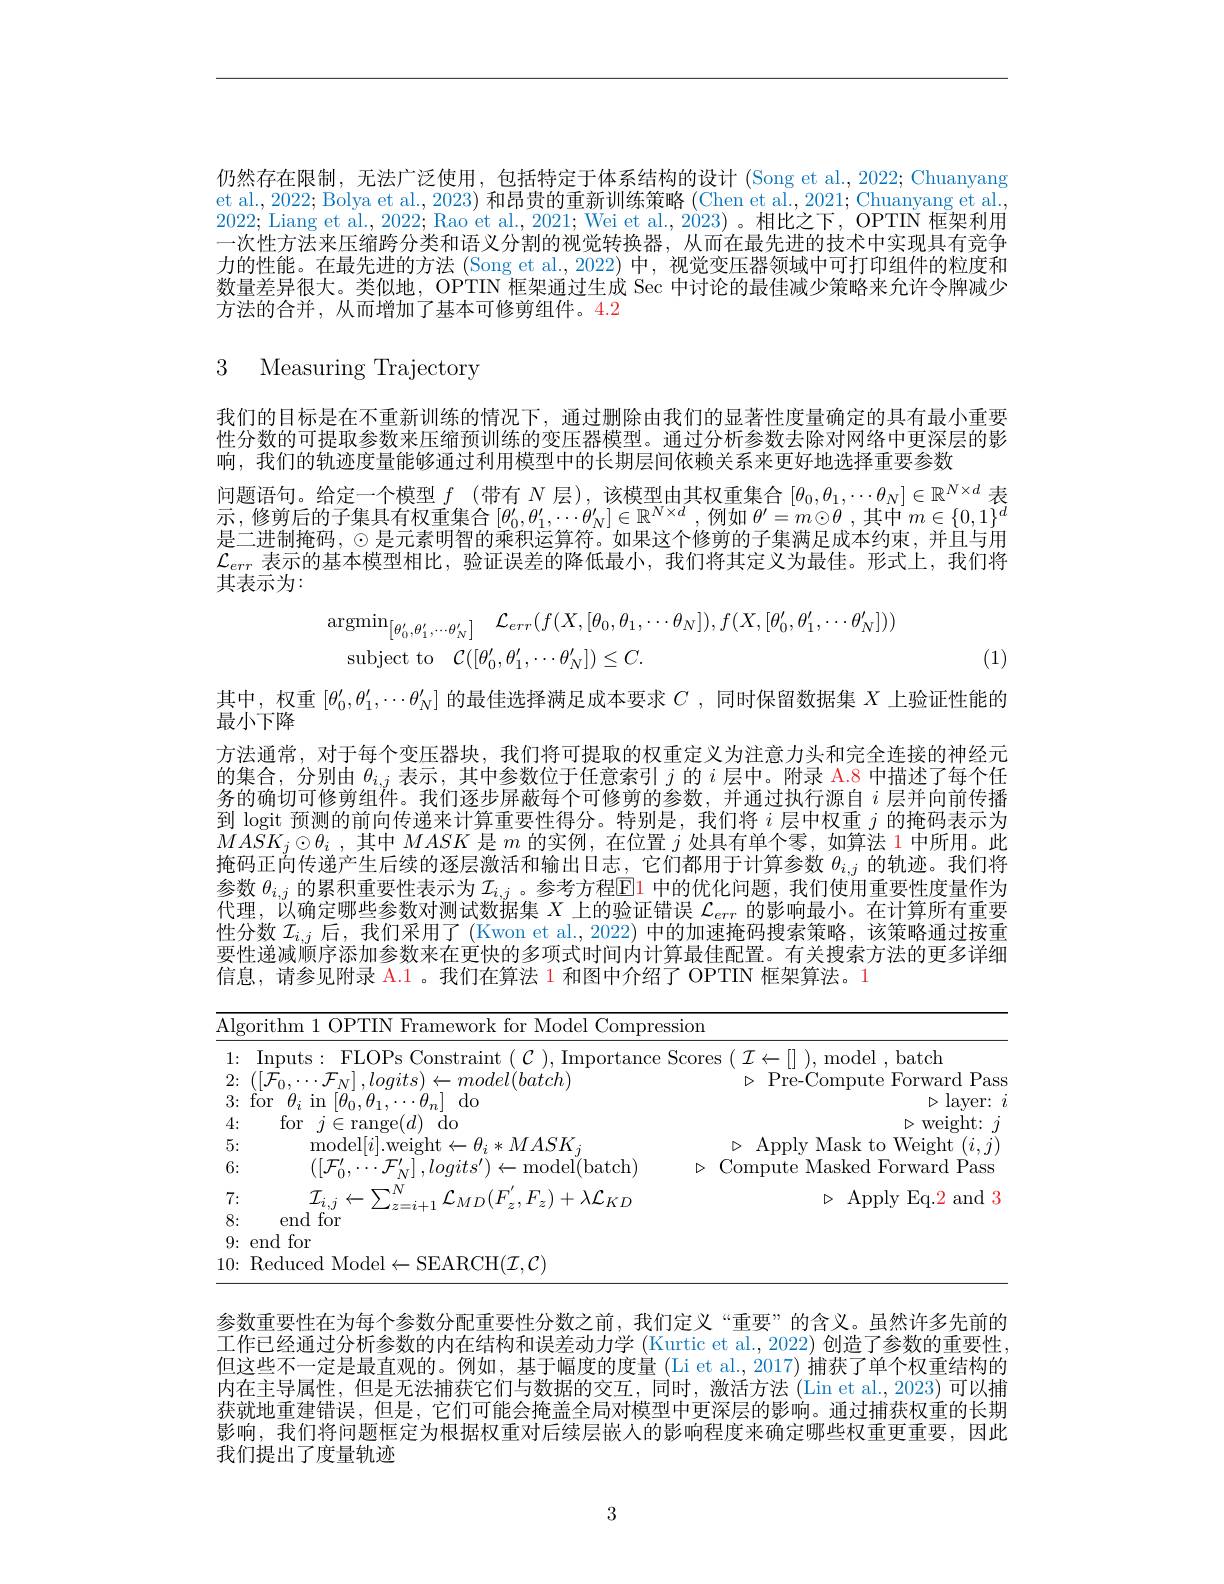
仍然存在限制，无法广泛使用，包括特定于体系结构的设计 (Song et al., 2022; Chuanyang et al., 2022; Bolya et al., 2023) 和昂贵的重新训练策略 (Chen et al., 2021; Chuanyang et al. 2022; Liang et al., 2022; Rao et al., 2021; Wei et al., 2023)。相比之下，OPTIN 框架利用一次性方法来压缩跨分类和语义分割的视觉转换器，从而在最先进的技术中实现具有竞争力的性能。在最先进的方法 (Song et al.,2022) 中，视觉变压器领域中可打印组件的粒度和数量差异很大。类似地，OPTIN 框架通过生成 Sec 中讨论的最佳减少策略来允许令牌减少方法的合并，从而增加了基本可修剪组件。4.2

3 Measuring Trajectory

我们的目标是在不重新训练的情况下，通过删除由我们的显著性度量确定的具有最小重要性分数的可提取参数来压缩预训练的变压器模型。通过分析参数去除对网络中更深层的影响，我们的轨迹度量能够通过利用模型中的长期层间依赖关系来更好地选择重要参数
问题语句。给定一个模型$f$ (带有$N$层),该模型由其权重集合$[\theta_0,\theta_1,\cdots\theta_N]\in\mathbb{R}^{N\times d}$表示，修剪后的子集具有权重集合$[\theta_0^{\prime},\theta_1^{\prime},\cdots\theta_N^{\prime}]\in\mathbb{R}^{N\times d}$,例如 $\theta^\prime=m\odot\theta$ ,其中 $m\in\{0,1\}$ 是二进制掩码，$\odot$是元素明智的乘积运算符。如果这个修剪的子集满足成本约束，并且与用$\mathcal{L}_{err}$表示的基本模型相比，验证误差的降低最小，我们将其定义为最佳。形式上，我们将其表示为：
$$\begin{aligned}&\mathrm{argmin}_{\left[\theta_{0}^{\prime},\theta_{1}^{\prime},\cdots\theta_{N}^{\prime}\right]}\quad\mathcal{L}_{err}(f(X,[\theta_{0},\theta_{1},\cdots\theta_{N}]),f(X,[\theta_{0}^{\prime},\theta_{1}^{\prime},\cdots\theta_{N}^{\prime}]))\\&\mathrm{subject~to}\quad\mathcal{C}([\theta_{0}^{\prime},\theta_{1}^{\prime},\cdots\theta_{N}^{\prime}])\leq C.\end{aligned}$$
(1)

其中，权重$[\theta_0^{\prime},\theta_1^{\prime},\cdots\theta_N^{\prime}]$的最佳选择满足成本要求$C$ ,同时保留数据集$X$上验证性能的
最小下降
方法通常，对于每个变压器块，我们将可提取的权重定义为注意力头和完全连接的神经元的集合，分别由$\theta_i,j$表示，其中参数位于任意索引$j$的$i$层中。附录 A.8 中描述了每个任务的确切可修剪组件。我们逐步屏蔽每个可修剪的参数，并通过执行源自$i$层并向前传播到 logit 预测的前向传递来计算重要性得分。特别是，我们将$i$层中权重$j$的掩码表示为$MASK_j\odot \theta _i$ ,其中$MASK$是$m$的实例，在位置$j$处具有单个零，如算法 1 中所用。此掩码正向传递产生后续的逐层激活和输出日志，它们都用于计算参数$\theta_{i,j}$的轨迹。我们将参数$\theta_i,j$的累积重要性表示为$\mathcal{I}_i,j$ 。参考方程$\mathbb{E}$1 中的优化问题，我们使用重要性度量作为代理，以确定哪些参数对测试数据集$X$上的验证错误$\mathcal{L}_err$的影响最小。在计算所有重要性分数$\mathcal{I}_i,j$后，我们采用了 (Kwon et al., 2022) 中的加速掩码搜索策略，该策略通过按重要性递减顺序添加参数来在更快的多项式时间内计算最佳配置。有关搜索方法的更多详细信息，请参见附录 A.1。我们在算法 1 和图中介绍了 OPTIN 框架算法。1

<table>
	<tbody>
		<tr>
			<td>sion</td>
		</tr>
		<tr>
			<td>$\triangleright$layer: $\triangleright$weight:</td>
		</tr>
		<tr>
			<td>Compute Masked Forward Pass ></td>
		</tr>
		<tr>
			<td>Apply Eq. 2 and 3 $\sum_{i=1}^{\infty}$</td>
		</tr>
		<tr>
			<td> </td>
		</tr>
		<tr>
			<td> </td>
		</tr>
		<tr>
			<td> </td>
		</tr>
	</tbody>
</table>

参数重要性在为每个参数分配重要性分数之前，我们定义“重要”的含义。虽然许多先前的工作已经通过分析参数的内在结构和误差动力学 (Kurtic et al., 2022) 创造了参数的重要性， 但这些不一定是最直观的。例如，基于幅度的度量 (Li et al., 2017) 捕获了单个权重结构的内在主导属性，但是无法捕获它们与数据的交互，同时，激活方法(Lin et al.,2023)可以捕获就地重建错误，但是，它们可能会掩盖全局对模型中更深层的影响。通过捕获权重的长期影响，我们将问题框定为根据权重对后续层嵌人的影响程度来确定哪些权重更重要，因此我们提出了度量轨迹

3